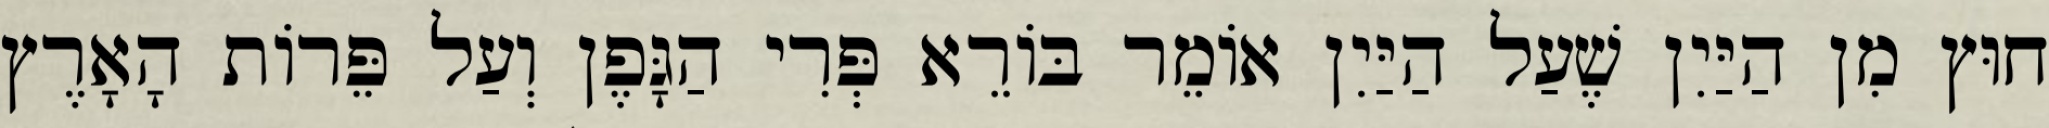
חוּץ מִן הַיַּיִן שֶׁעַל הַיַּיִן אוֹמֵר בּוֹרֵא פְּרִי הַגָּפֶן וְעַל פֵּרוֹת הָאָרֶץ